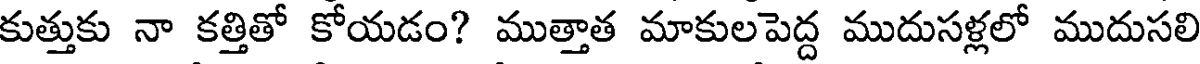
కుత్తుకు నా కత్తితో కోయడం? ముత్తాత మాకులపెద్ద ముదుసళ్లలో ముదుసలి